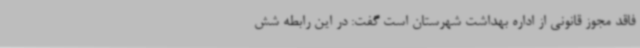
فاقد مجوز قانونی از اداره بهداشت شهرستان است گفت: در این رابطه شش